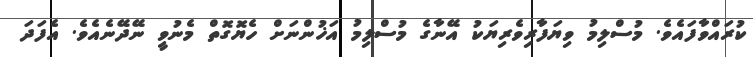
ކުރައްވާފައެވެ. މުސްލިމު ވިޔަފާރިވެރިޔަކު އޭނާގެ މުސްލިމު އަޚުންނަށް ހެޔޮގޮތް މެނުވީ ނޭދޭނެއެވެ. އެފަދަ